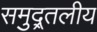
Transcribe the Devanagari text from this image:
समुद्र्तलीय